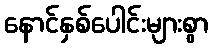
နောင်နှစ်ပေါင်းများစွာ